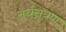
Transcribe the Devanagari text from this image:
अर्धसुत्रण